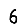
Digit: 6